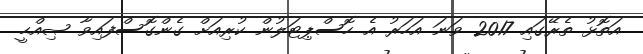
އަތޮޅު ތެރޭގައި 2017 ވަނަ އަހަރު އެ ހޮސްޕިޓަލުން ކުރިއަށް ގެންގޮސްފައިވާ ޞިއްޙީ